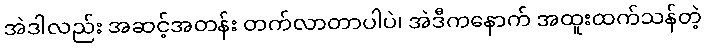
အဲဒါလည်း အဆင့်အတန်း တက်လာတာပါပဲ၊ အဲဒီကနောက် အထူးထက်သန်တဲ့